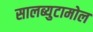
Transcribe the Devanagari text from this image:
सालब्युटामोल